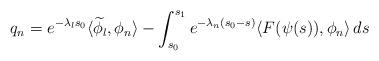
LaTeX: \begin{align*} q_{n}=e^{-\lambda_{l} s_{0}}\langle\widetilde\phi_{l},\phi_{n}\rangle-\int_{ s_{0}}^{ s_{1}}e^{-\lambda_{n}( s_{0}-s)}\langle F(\psi(s)),\phi_{n}\rangle\,ds\end{align*}